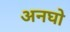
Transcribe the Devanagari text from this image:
अनघो